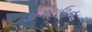
ડોગટાઉન